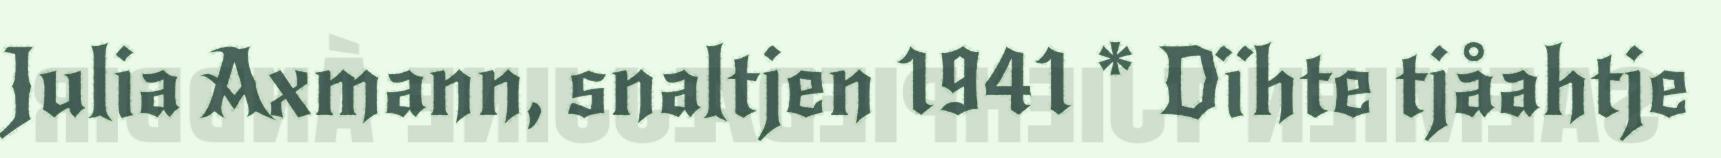
Julia Axmann, snaltjen 1941 * Dïhte tjåahtje